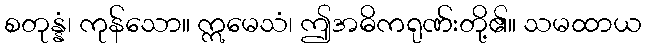
စတုန္နံ၊ ကုန်သော။ ဣမေသံ၊ ဤအဓိကရုဏ်းတို့၏။ သမထာယ